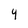
Character: 4